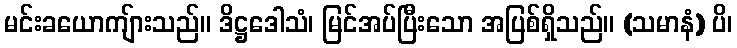
မင်းခယောကျ်ားသည်။ ဒိဋ္ဌဒေါသံ၊ မြင်အပ်ပြီးသော အပြစ်ရှိသည်။ (သမာနံ) ပိ၊